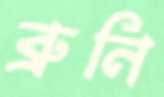
ব্রুনি